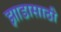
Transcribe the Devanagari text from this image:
झाडासाठी